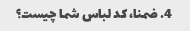
4. ضمنا، کد لباس شما چیست؟